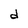
Character: d